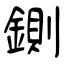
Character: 鍘